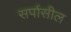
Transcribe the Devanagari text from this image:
सर्पासील